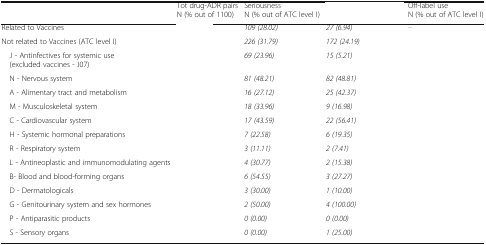
<table><thead><tr><td>[EMPTY_CELL]</td><td><b>Tot drug-ADR pairsN (% out of 1100)</b></td><td><b>SeriousnessN (% out of ATC level I)</b></td><td>[EMPTY_CELL]</td><td><b>Off-label useN (% out of ATC level I)</b></td></tr></thead><tbody><tr><td>Related to Vaccines</td><td>[EMPTY_CELL]</td><td><i>109 (28.02)</i></td><td><i>27 (6.94)</i></td><td>[EMPTY_CELL]</td></tr><tr><td>Not related to Vaccines (ATC level I)</td><td>[EMPTY_CELL]</td><td><i>226 (31.79)</i></td><td><i>172 (24.19)</i></td><td>[EMPTY_CELL]</td></tr><tr><td> J - Antinfectives for systemic use (excluded vaccines - J07)</td><td>[EMPTY_CELL]</td><td><i>69 (23.96)</i></td><td><i>15 (5.21)</i></td><td>[EMPTY_CELL]</td></tr><tr><td> N - Nervous system</td><td>[EMPTY_CELL]</td><td><i>81 (48.21)</i></td><td><i>82 (48.81)</i></td><td>[EMPTY_CELL]</td></tr><tr><td> A - Alimentary tract and metabolism</td><td>[EMPTY_CELL]</td><td><i>16 (27.12)</i></td><td><i>25 (42.37)</i></td><td>[EMPTY_CELL]</td></tr><tr><td> M - Musculoskeletal system</td><td>[EMPTY_CELL]</td><td><i>18 (33.96)</i></td><td><i>9 (16.98)</i></td><td>[EMPTY_CELL]</td></tr><tr><td> C - Cardiovascular system</td><td>[EMPTY_CELL]</td><td><i>17 (43.59)</i></td><td><i>22 (56.41)</i></td><td>[EMPTY_CELL]</td></tr><tr><td> H - Systemic hormonal preparations</td><td>[EMPTY_CELL]</td><td><i>7 (22.58)</i></td><td><i>6 (19.35)</i></td><td>[EMPTY_CELL]</td></tr><tr><td> R - Respiratory system</td><td>[EMPTY_CELL]</td><td><i>3 (11.11)</i></td><td><i>2 (7.41)</i></td><td>[EMPTY_CELL]</td></tr><tr><td> L - Antineoplastic and immunomodulating agents</td><td>[EMPTY_CELL]</td><td><i>4 (30.77)</i></td><td><i>2 (15.38)</i></td><td>[EMPTY_CELL]</td></tr><tr><td> B- Blood and blood-forming organs</td><td>[EMPTY_CELL]</td><td><i>6 (54.55)</i></td><td><i>3 (27.27)</i></td><td>[EMPTY_CELL]</td></tr><tr><td> D - Dermatologicals</td><td>[EMPTY_CELL]</td><td><i>3 (30.00)</i></td><td><i>1 (10.00)</i></td><td>[EMPTY_CELL]</td></tr><tr><td> G - Genitourinary system and sex hormones</td><td>[EMPTY_CELL]</td><td><i>2 (50.00)</i></td><td><i>4 (100.00)</i></td><td>[EMPTY_CELL]</td></tr><tr><td> P - Antiparasitic products</td><td>[EMPTY_CELL]</td><td><i>0 (0.00)</i></td><td><i>0 (0.00)</i></td><td>[EMPTY_CELL]</td></tr><tr><td> S - Sensory organs</td><td>[EMPTY_CELL]</td><td><i>0 (0.00)</i></td><td><i>1 (25.00)</i></td><td>[EMPTY_CELL]</td></tr></tbody></table>